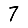
Digit: 7